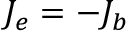
\boldsymbol { J _ { e } } = - \boldsymbol { J _ { b } }